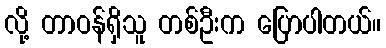
လို့ တာဝန်ရှိသူ တစ်ဦးက ပြောပါတယ်။